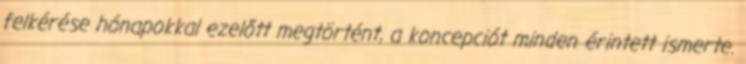
felkérése hónapokkal ezelőtt megtörtént, a koncepciót minden érintett ismerte.